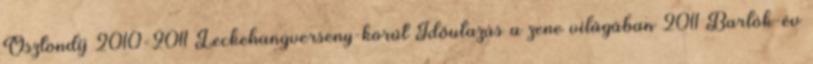
Ösztöndíj 2010-2011 Leckehangverseny-körút Időutazás a zene világában 2011 Bartók-év